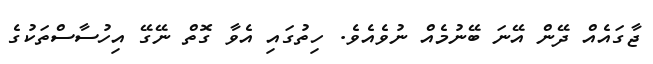
ޖާގައެއް ދޭން އޭނަ ބޭނުމެއް ނުވެއެވެ. ހިތުގައި އެވާ ގޮތް ނޭގޭ އިހުސާސްތަކުގެ